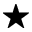
\star